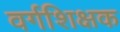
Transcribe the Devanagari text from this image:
वर्गशिक्षक